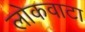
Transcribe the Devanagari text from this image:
लोकवाटा